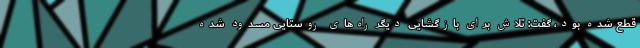
قطع شده بود، گفت: تلاش برای بازگشایی دیگر راه‌های روستایی مسدود شده